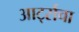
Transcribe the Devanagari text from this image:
आर्ट्सचा